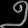
Digit: ၅